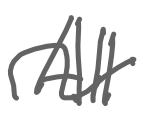
Text: All
Cross-out: wave
Writing tool: digital_gray